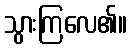
သွားကြလေ၏။